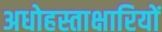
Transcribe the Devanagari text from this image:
अधोहस्ताक्षारियों